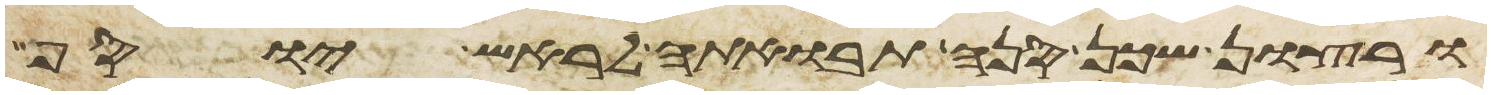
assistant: ורצון שכן סנה תבואתה לראש יוסף